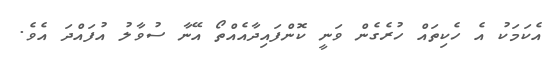
އެކަމަކު އެ ހެކިތައް ހުރެގެން ވަނީ ކޮންފައިދާއެއްތޯ އޭނާ ސުވާލު އުފައްދަ އެވެ.